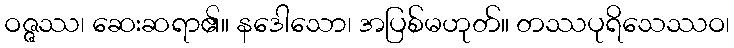
ဝဇ္ဇဿ၊ ဆေးဆရာ၏။ နဒေါသော၊ အပြစ်မဟုတ်။ တဿပုရိသေဿဝ၊